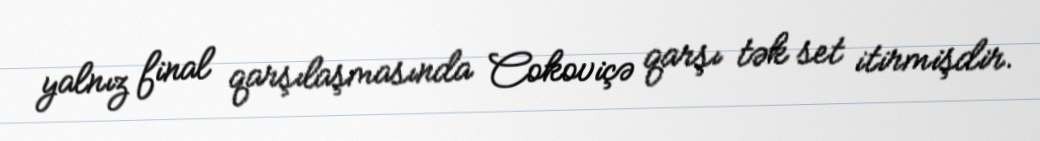
yalnız final qarşılaşmasında Cokoviçə qarşı tək set itirmişdir.